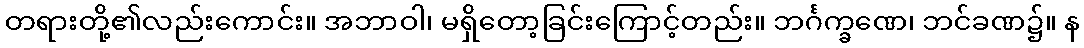
တရားတို့၏လည်းကောင်း။ အဘာဝါ၊ မရှိတော့ခြင်းကြောင့်တည်း။ ဘင်္ဂက္ခဏေ၊ ဘင်ခဏ၌။ န